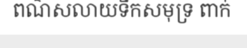
ពណ៌សលាយទឹកសមុទ្រ ពាក់